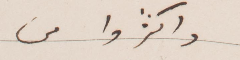
واكثروا من